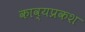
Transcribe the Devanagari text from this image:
काव्यप्रकश